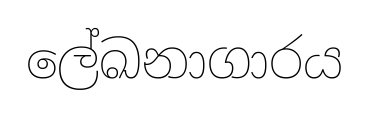
ලේඛනාගාරය